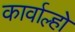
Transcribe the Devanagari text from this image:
कार्वाल्हो